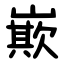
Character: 㠌